Aleksander_Warma, lk 41
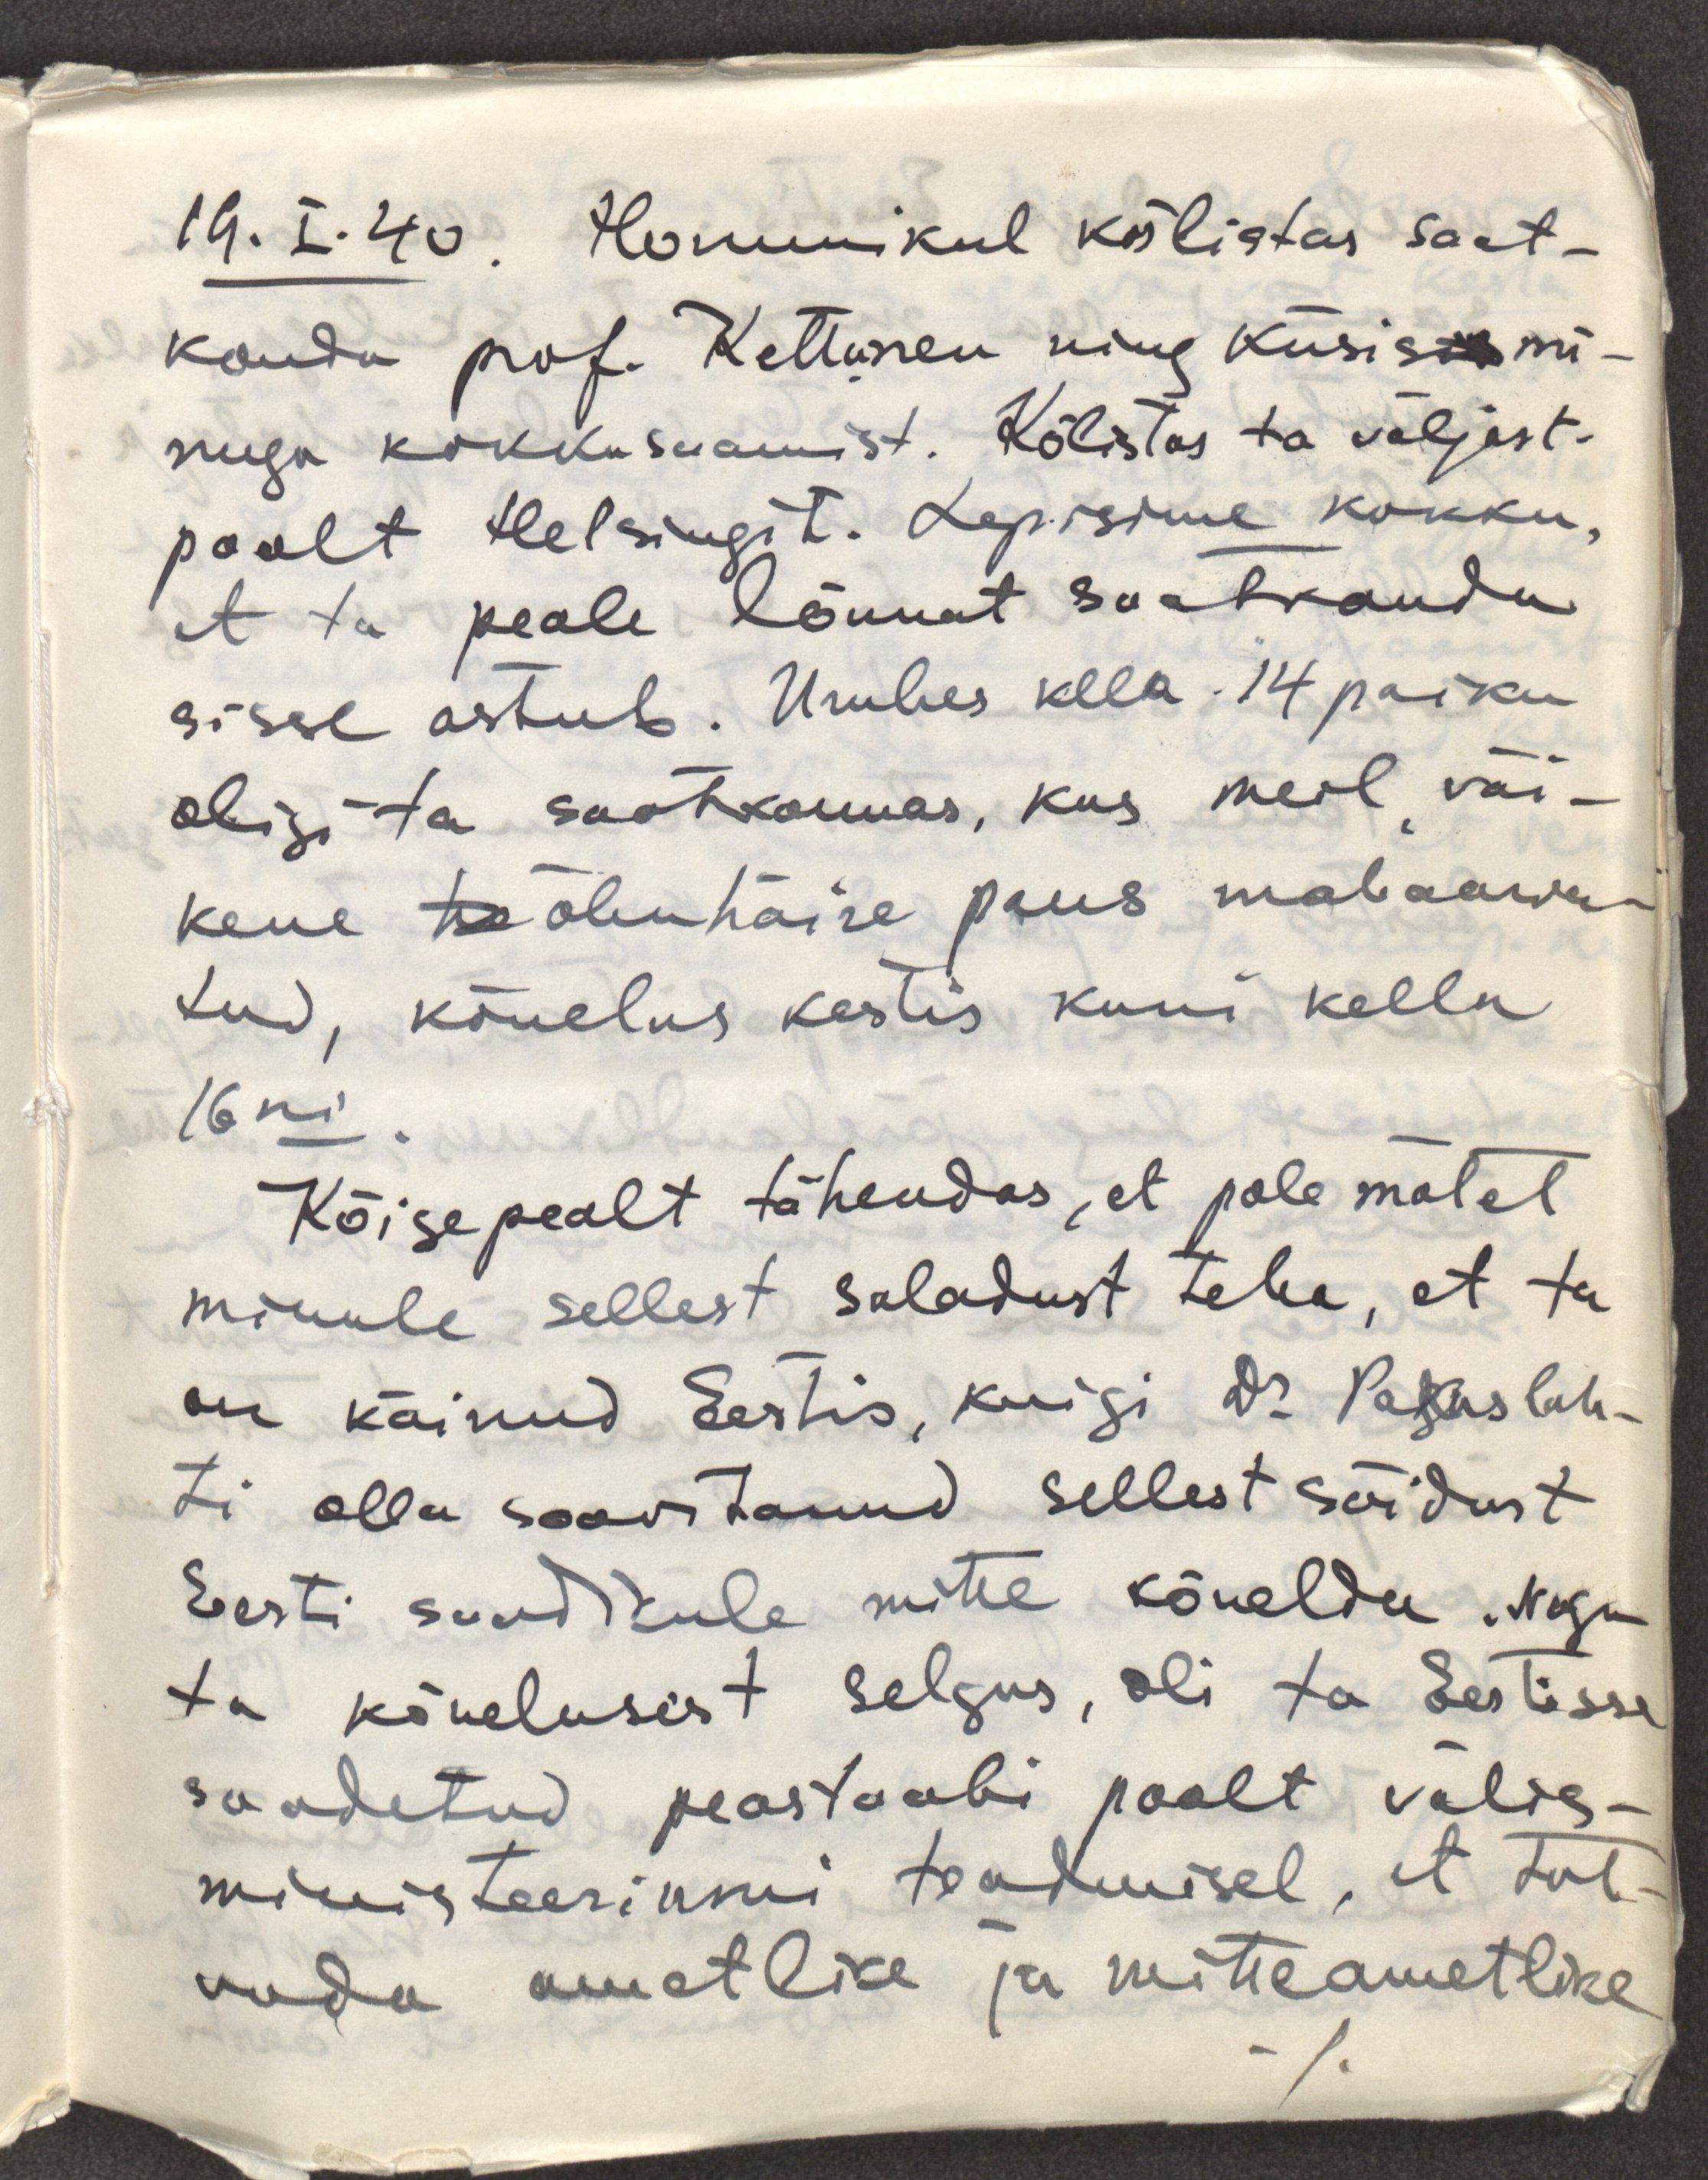
14.I.40. Hommikul kõlistas saat-
konda prof. Kettunen ning küsis mi-
nuga kokkusaamist. Kõlistas ta väljast-
poolt Helsingist. Lepisime kokku,
et ta peale lõunat saatkonda
sisse astub. Umbes kella 14 paiku
oligi ta saatkonnas, kus meil väi-
kene te õhuhäire paus mahaarva-
tud, kõnelus kestis kuni kella
16ni.
Kõigepealt tähendas, et pole mõtet
minule sellest saladust teha, et ta
 on käinud Eestis, kuigi Dr Pakaslah-
ti olla soovitanud sellest sõidust
Eesti saadikule mitte kõnelda. Nagu
ta kõnelusest selgus, oli ta Eestisse
saadetud peastaabi poolt välis-
ministeeriumi teadmisel, et tut-
vuda ametlike ja mitteametlike